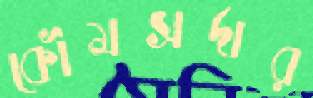
কৌমসর্দার